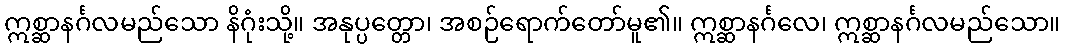
ဣစ္ဆာနင်္ဂလမည်သော နိဂုံးသို့။ အနုပ္ပတ္တော၊ အစဉ်ရောက်တော်မူ၏။ ဣစ္ဆာနင်္ဂလေ၊ ဣစ္ဆာနင်္ဂလမည်သော။